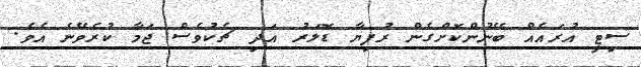
ސިޓީ އުރައެއް ބޭނުންކޮށްގެން ރުފިޔާ ޑޮލަރު އަދި ޗެކުވެސް ޖަމާ ކުރެވޭނެ އެވެ.